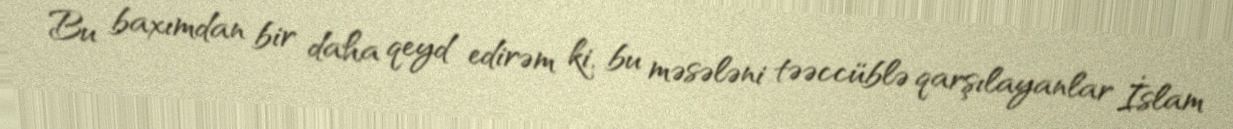
Bu baxımdan bir daha qeyd edirəm ki, bu məsələni təəccüblə qarşılayanlar İslam